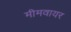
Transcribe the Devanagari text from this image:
मीमवायर